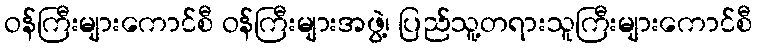
ဝန်ကြီးများကောင်စီ ဝန်ကြီးများအဖွဲ့၊ ပြည်သူ့တရားသူကြီးများကောင်စီ